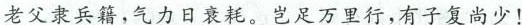
老父隶兵籍，气力日衰耗。岂足万里行，有子复商少！